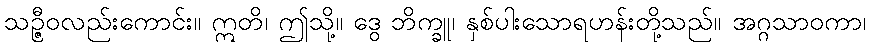
သဉ္ဇီဝလည်းကောင်း။ ဣတိ၊ ဤသို့။ ဒွေ ဘိက္ခူ၊ နှစ်ပါးသောရဟန်းတို့သည်။ အဂ္ဂသာဝကာ၊